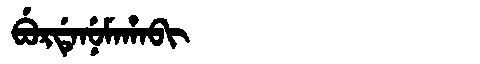
Manchu: ᠪᡠᡵᡩᡝᠨᡠᠮᠠᡥᠠᠪᡳ
Romanization: BURDENUMAHABI